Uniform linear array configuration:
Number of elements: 8
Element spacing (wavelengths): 0.5
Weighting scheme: blackman
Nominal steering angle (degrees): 30
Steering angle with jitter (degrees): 30.686
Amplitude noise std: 0.05
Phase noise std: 0.05

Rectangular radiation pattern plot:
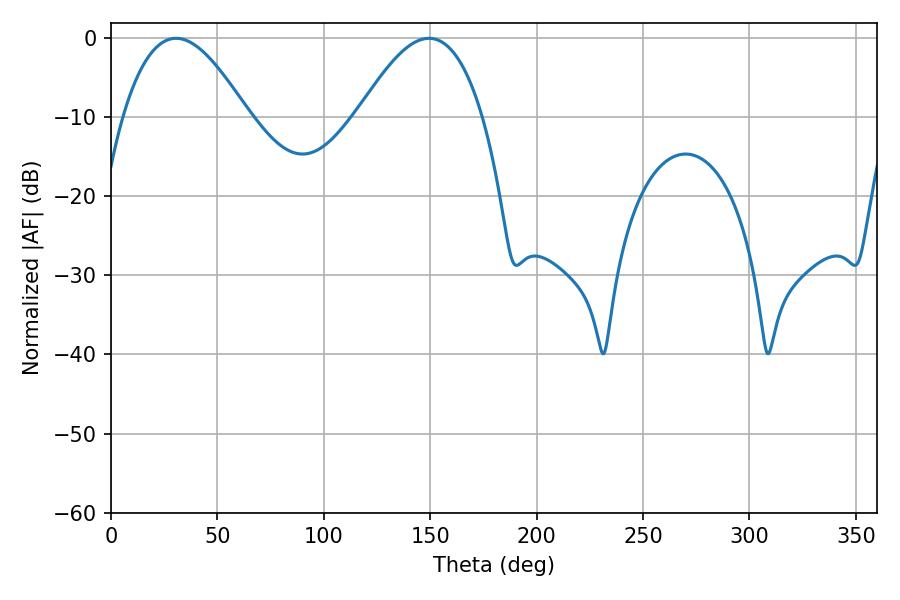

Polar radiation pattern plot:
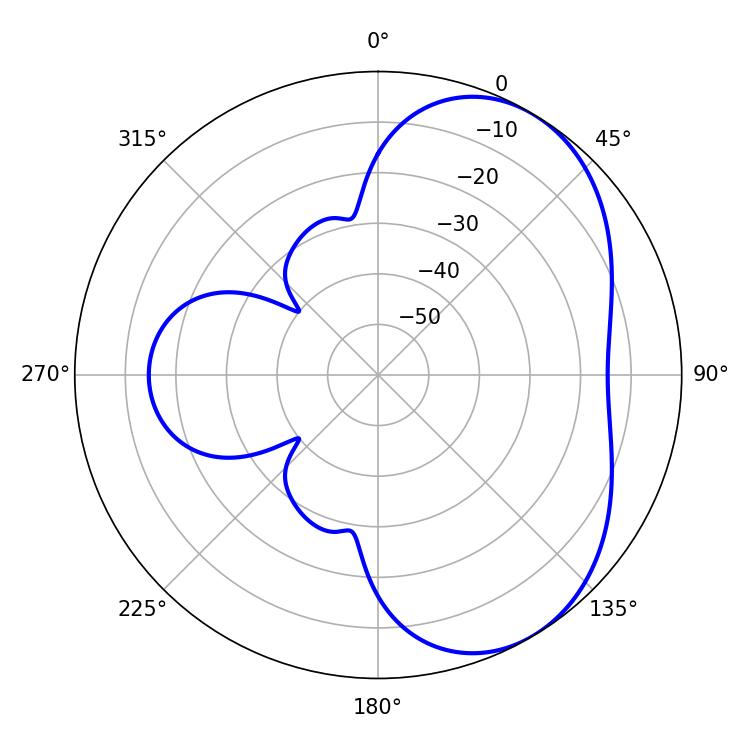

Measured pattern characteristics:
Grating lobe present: FALSE
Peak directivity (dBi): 4.863
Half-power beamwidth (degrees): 31.86
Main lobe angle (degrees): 30.6